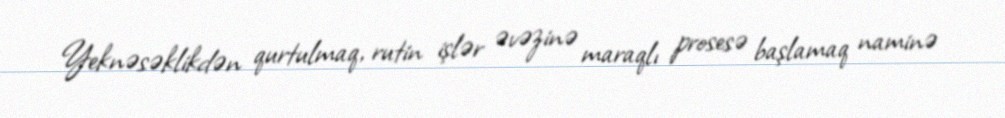
Yeknəsəklikdən qurtulmaq, rutin işlər əvəzinə maraqlı prosesə başlamaq naminə